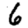
Digit: 6